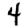
Digit: 4